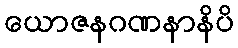
ယောဇနဂဏနာနိပိ